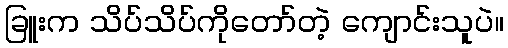
ခြူးက သိပ်သိပ်ကိုတော်တဲ့ ကျောင်းသူပဲ။